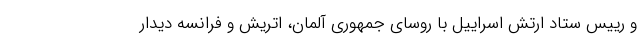
و رییس ستاد ارتش اسراییل با روسای جمهوری آلمان، اتریش و فرانسه دیدار